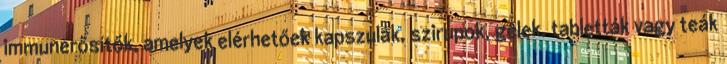
immunerősítők, amelyek elérhetőek kapszulák, szirupok, gélek, tabletták vagy teák